Report of the Indian Hemp Drugs Commission, 1894-1895 - Volume I
Year: 1894
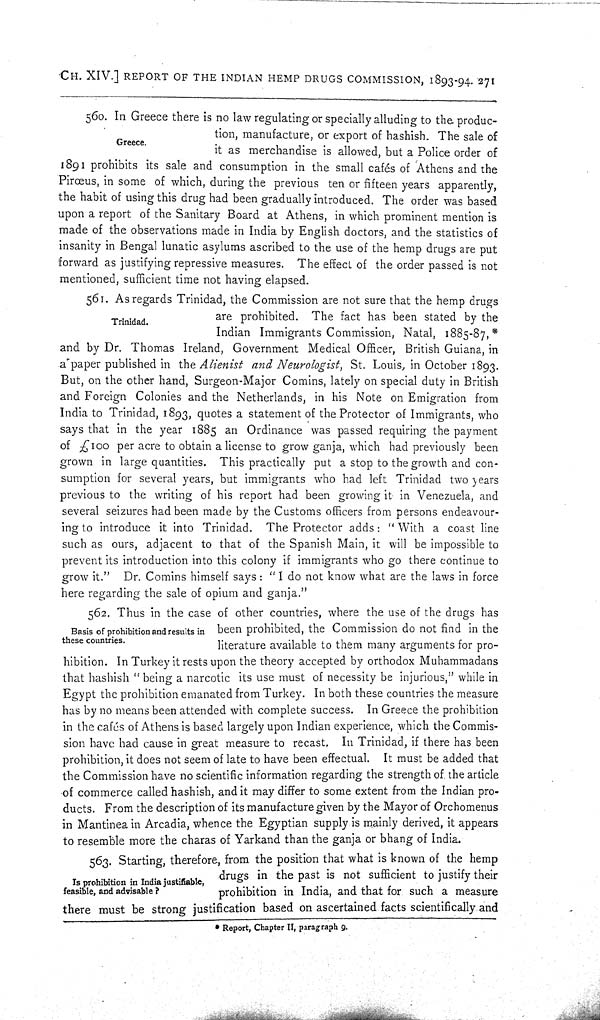
CH. XIV.] REPORT OF THE INDIAN HEMP DRUGS COMMISSION, 1893-94. 271
Greece.
560. In Greece there is no law regulating or specially alluding to the produc-
tion, manufacture, or export of hashish. The sale of
it as merchandise is allowed, but a Police order of
1891 prohibits its sale and consumption in the small cafés of Athens and the
Pirœus, in some of which, during the previous ten or fifteen years apparently,
the habit of using this drug had been gradually introduced. The order was based
upon a report of the Sanitary Board at Athens, in which prominent mention is
made of the observations made in India by English doctors, and the statistics of
insanity in Bengal lunatic asylums ascribed to the use of the hemp drugs are put
forward as justifying repressive measures. The effect of the order passed is not
mentioned, sufficient time not having elapsed.
Trinidad.
561. As regards Trinidad, the Commission are not sure that the hemp drugs
are prohibited. The fact has been stated by the
Indian Immigrants Commission, Natal, 1885-87,*
and by Dr. Thomas Ireland, Government Medical Officer, British Guiana, in
a paper published in the Alienist
and Neurologist, St. Louis, in October 1893.
But, on the other hand, Surgeon-Major Comins, lately on special duty in British
and Foreign Colonies and the Netherlands, in his Note on Emigration from
India to Trinidad, 1893, quotes a statement of the Protector of Immigrants, who
says that in the year 1885 an Ordinance was passed requiring the payment
of £100 per acre to obtain a license to grow ganja, which had previously been
grown in large quantities. This practically put a stop to the growth and con-
sumption for several years, but immigrants who had left Trinidad two years
previous to the writing of his report had been growing it in Venezuela, and
several seizures had been made by the Customs officers from persons endeavour-
ing to introduce it into Trinidad. The Protector adds: "With a coast line
such as ours, adjacent to that of the Spanish Main, it will be impossible to
prevent its introduction into this colony if immigrants who go there continue to
grow it." Dr. Comins himself says: "I do not know what are the laws in force
here regarding the sale of opium and ganja."
Basis of prohibition and results in
these countries.
562. Thus in the case of other countries, where the use of the drugs has
been prohibited, the Commission do not find in the
literature available to them many arguments for pro-
hibition. In Turkey it rests upon the theory accepted by orthodox Muhammadans
that hashish "being a narcotic its use must of necessity be injurious," while in
Egypt the prohibition emanated from Turkey. In both these countries the measure
has by no means been attended with complete success. In Greece the prohibition
in the cafés of Athens is based largely upon Indian experience, which the Commis-
sion have had cause in great measure to recast. In Trinidad, if there has been
prohibition, it does not seem of late to have been effectual. It must be added that
the Commission have no scientific information regarding the strength of the article
of commerce called hashish, and it may differ to some extent from the Indian pro-
ducts. From the description of its manufacture given by the Mayor of Orchomenus
in Mantinea in Arcadia, whence the Egyptian supply is mainly derived, it appears
to resemble more the charas of Yarkand than the ganja or bhang of India.
Is prohibition in India justifiable,
feasible, and advisable ?
563. Starting, therefore, from the position that what is known of the hemp
drugs in the past is not sufficient to justify their
prohibition in India, and that for such a measure
there must be strong justification based on ascertained facts scientifically and
* Report, Chapter II, paragraph 9.